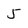
Character: 5